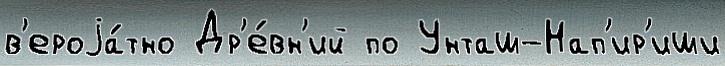
в'ероjа́тно Др'е́вн'ий по Унташ-Нап'ир'иши